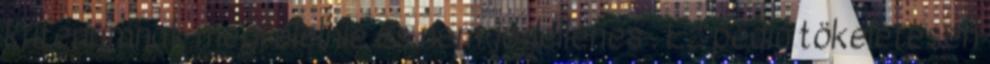
kritériumnak megfelelnie és nem jogellenes . Ez pedig tökéletesen